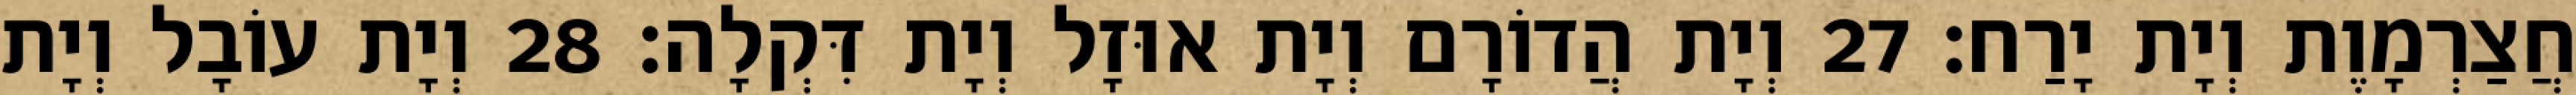
חֲצַרְמָוֶת וְיָת יָרַח׃ 27 וְיָת הֲדוֹרָם וְיָת אוּזָל וְיָת דִּקְלָה׃ 28 וְיָת עוֹבָל וְיָת